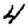
Digit: 4